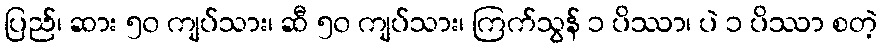
ပြည်၊ ဆား ၅၀ ကျပ်သား၊ ဆီ ၅၀ ကျပ်သား၊ ကြက်သွန် ၁ ပိဿာ၊ ပဲ ၁ ပိဿာ စတဲ့